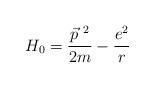
LaTeX: \begin{align*}H_0 = \frac{\vec{p}^{ ~ 2}}{2m} -\frac{e^2}{r} \end{align*}